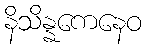
နိသိန္နကေနေဝ